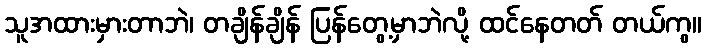
သူအထားမှားတာဘဲ၊ တချိန်ချိန် ပြန်တွေ့မှာဘဲလို့ ထင်နေတတ် တယ်ကွ။